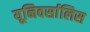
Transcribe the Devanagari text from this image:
यूनिवर्सालिस